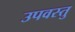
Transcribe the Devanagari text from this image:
उपवस्तु